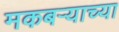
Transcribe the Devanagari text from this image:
मकबऱ्याच्या